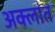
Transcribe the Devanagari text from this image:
अक्लांत